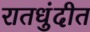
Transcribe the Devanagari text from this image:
रातधुंदीत